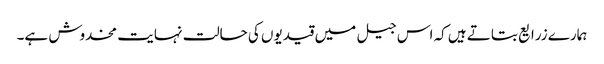
ہمارے زرایع بتاتے ہیں کہ اس جیل میں قیدیوں کی حالت نہایت مخدوش ہے۔